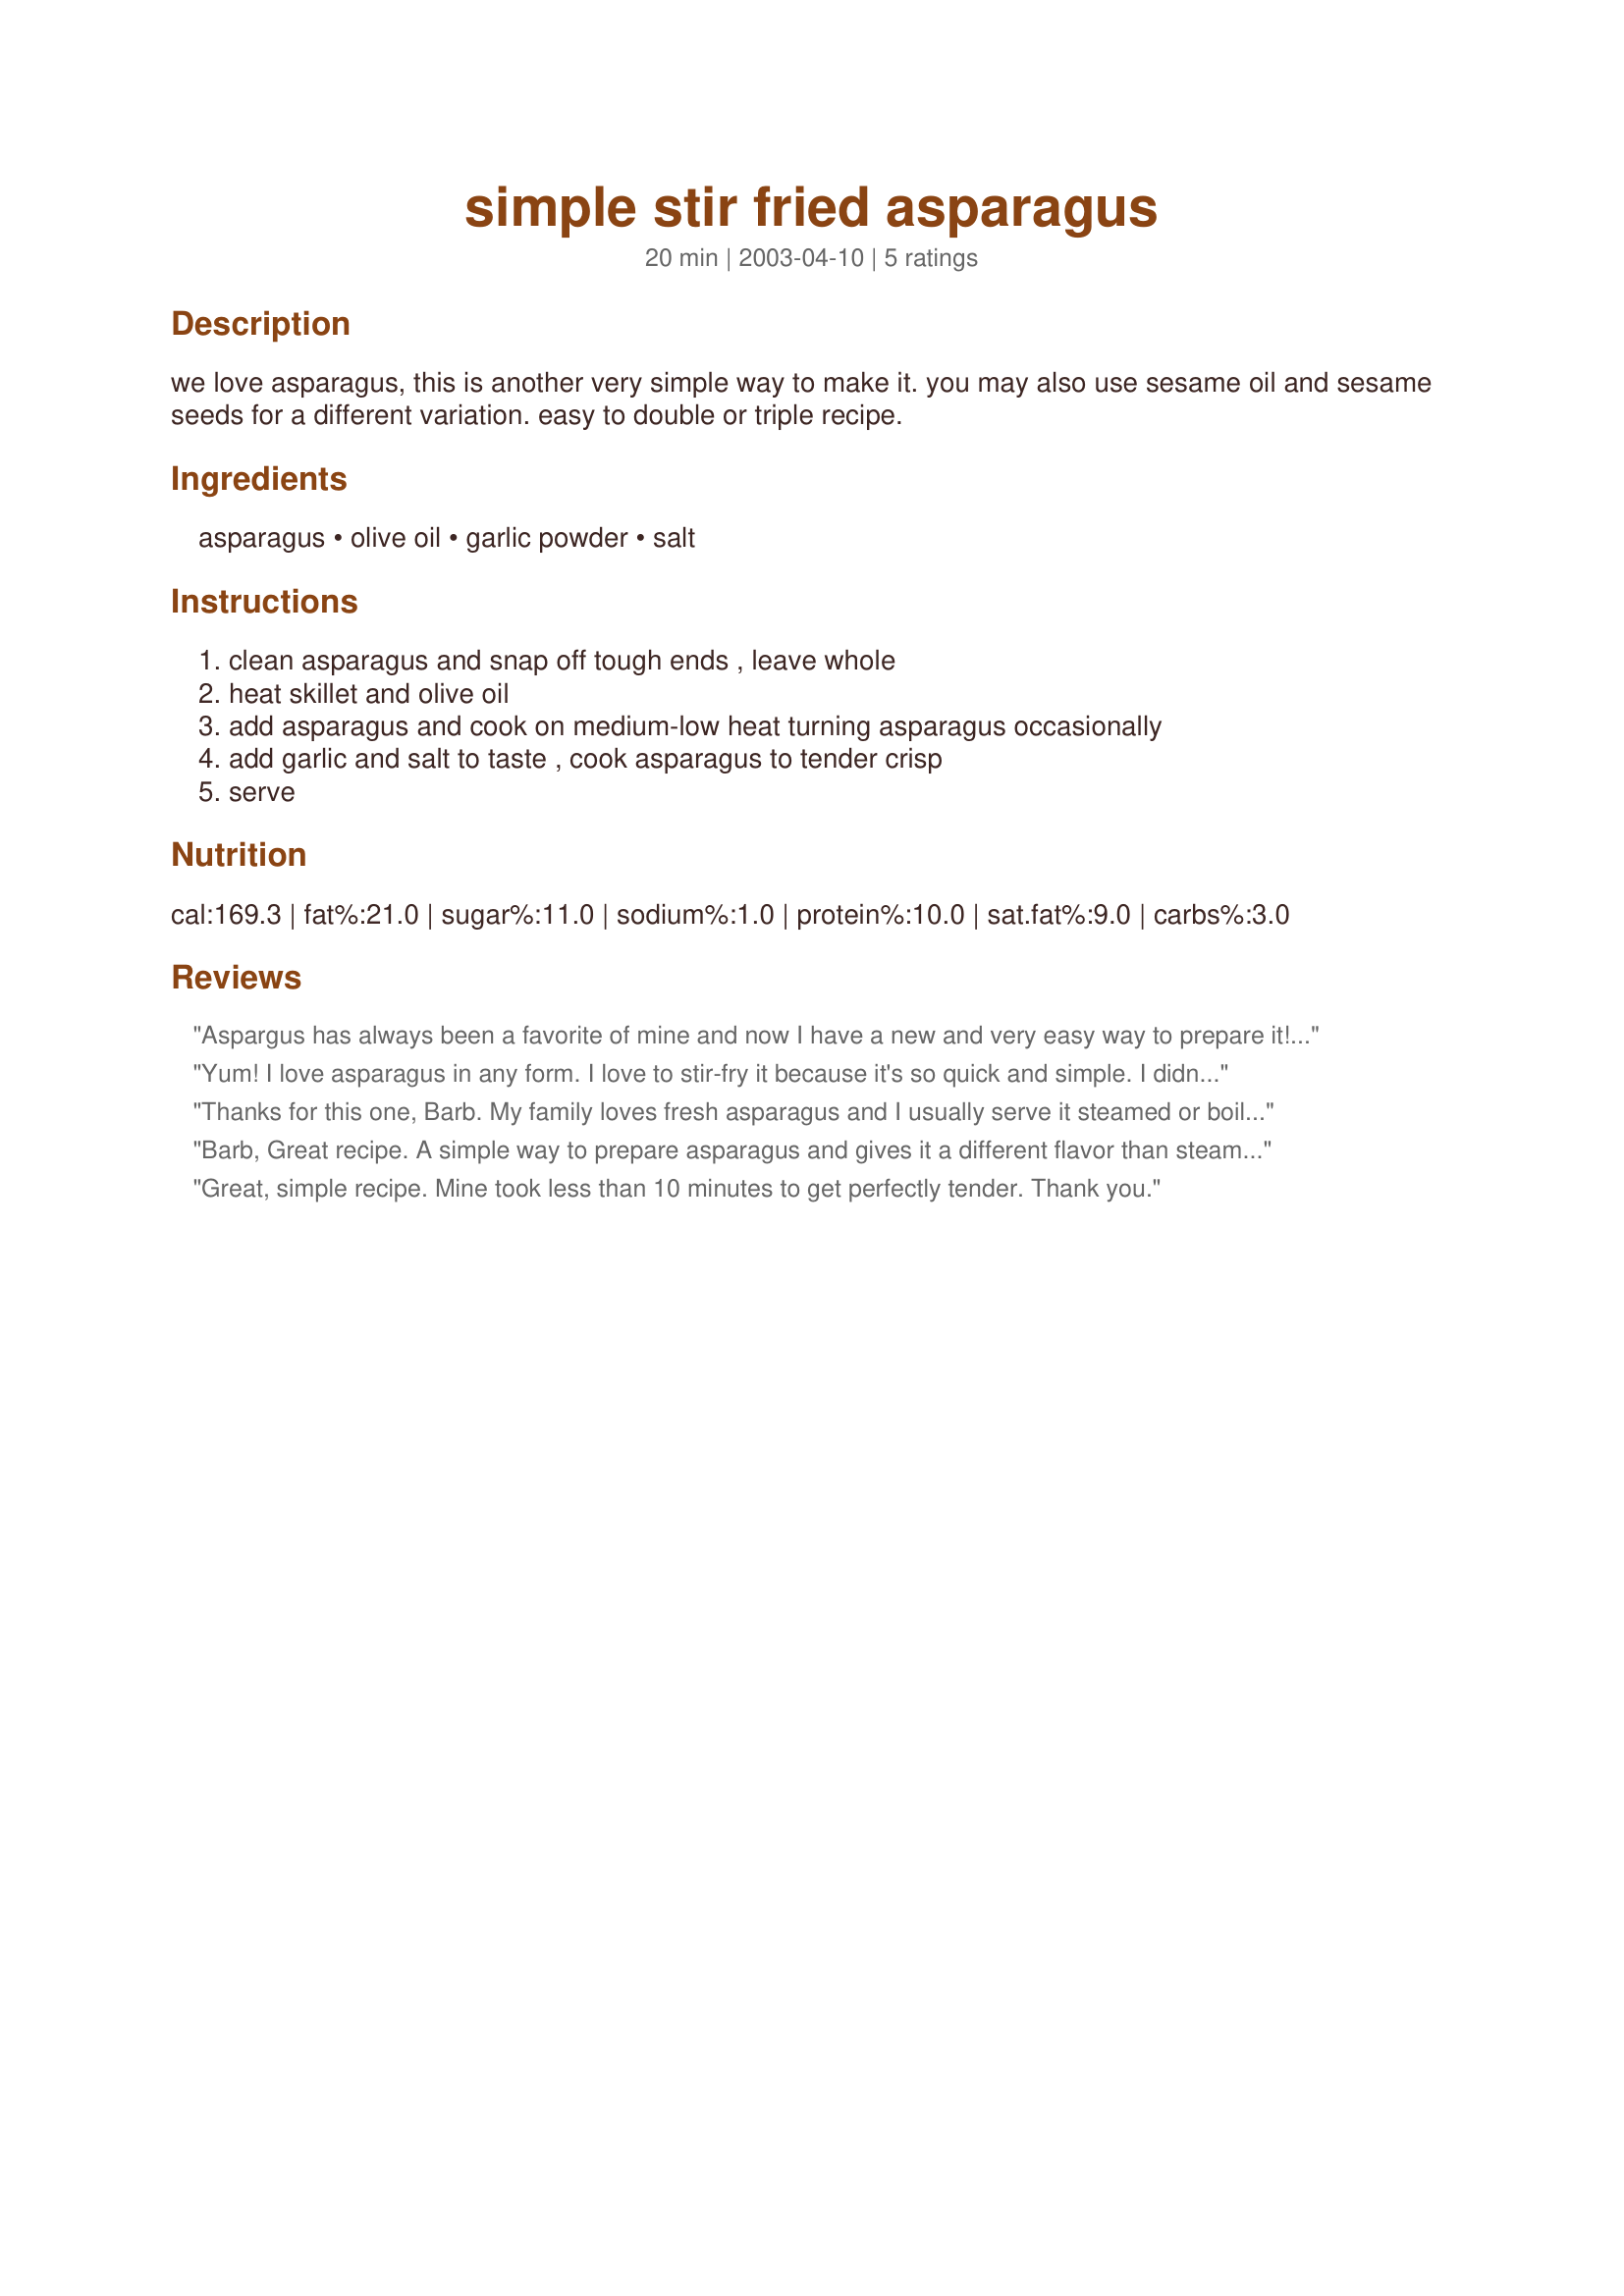
simple stir fried asparagus
Preparation time: 20 minutes

we love asparagus, this is another very simple way to make it. you may also use sesame oil and sesame seeds for a different variation. easy to double or triple recipe.

Ingredients:
asparagus, olive oil, garlic powder, salt

Steps:
clean asparagus and snap off tough ends , leave whole, heat skillet and olive oil, add asparagus and cook on medium-low heat turning asparagus occasionally, add garlic and salt to taste , cook asparagus to tender crisp, serve

Reviews:
Aspargus has always been a favorite of mine and now I have a new and very easy way to prepare it! Delicious and simple, ready to go on the table in no time at all! Thank you, Barb!
Yum! I love asparagus in any form. I love to stir-fry it because it's so quick and simple. I didn't leave it whole, but cut it into sections to make the stir-fry a little easier. Thanks Barb for a great keeper. Made for All You Can Cook Buffet special.
Thanks for this one, Barb. My family loves fresh asparagus and I usually serve it steamed or boiled/blanched. This was something different that we all agreed was excellent. I also put in some minced garlic instead of garlic powder. I made enough for 4 servings. Great recipe.
Barb,
Great recipe. A simple way to prepare asparagus and gives it a different flavor than steaming which is what i usually do. I used a spicy olive oil and fresh garlic which spiced it up a bit. YUMMY!!!
Great, simple recipe. Mine took less than 10 minutes to get perfectly tender. Thank you.
